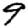
Digit: 9